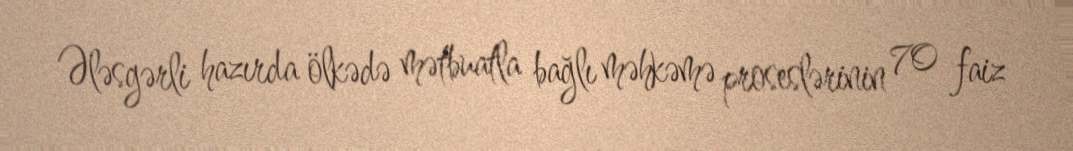
Ələsgərli hazırda ölkədə mətbuatla bağlı məhkəmə proseslərinin 70 faiz